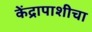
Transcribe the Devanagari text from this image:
केंद्रापाशीचा